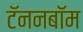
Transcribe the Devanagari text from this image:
टॅननबॉम